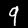
Label: 9